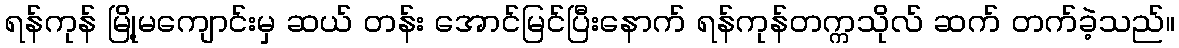
ရန်ကုန် မြို့မကျောင်းမှ ဆယ် တန်း အောင်မြင်ပြီးနောက် ရန်ကုန်တက္ကသိုလ် ဆက် တက်ခဲ့သည်။